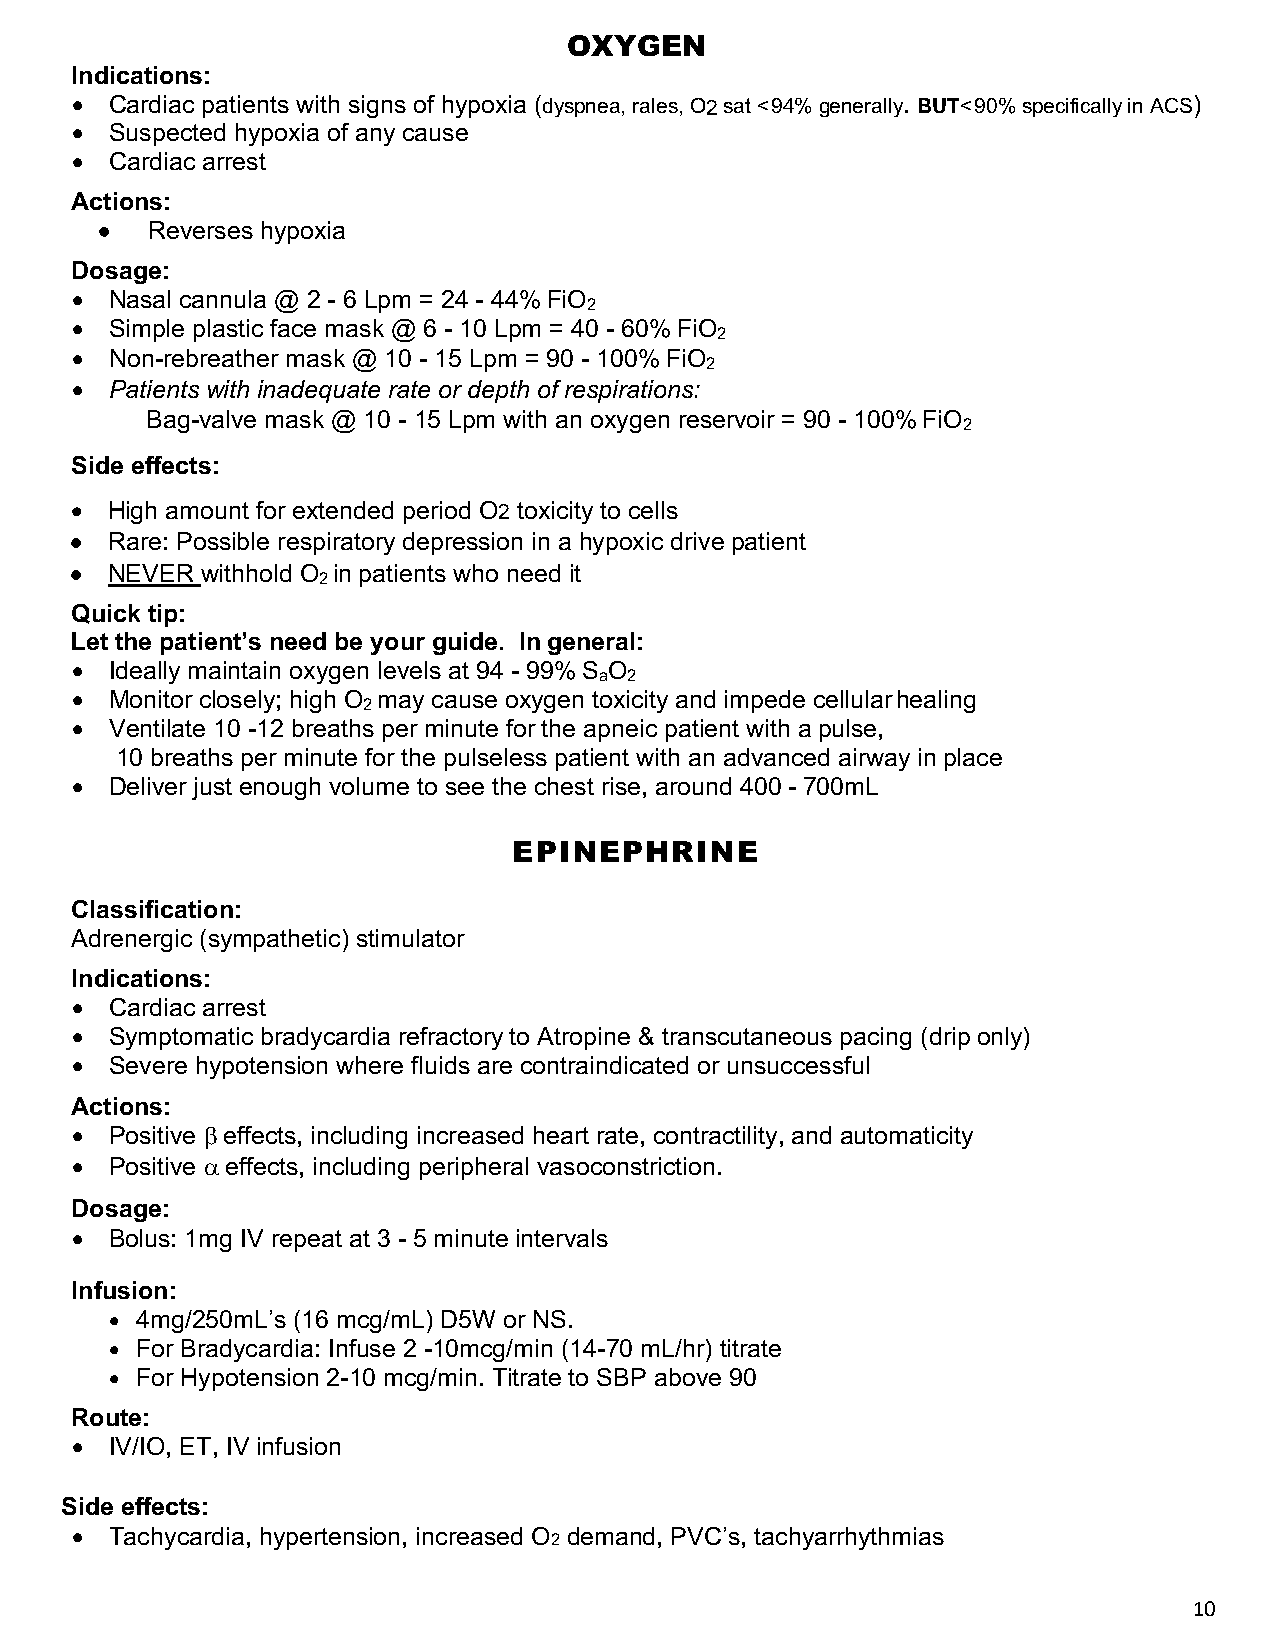
OXYGEN
 Indications:
 • Cardiac patients with signs of hypoxia (dyspnea, rales, O2 sat < 94% generally. BUT< 90% specifically in ACS)
 • Suspected hypoxia of any cause
 • Cardiac arrest
 Actions:
 •  Reverses hypoxia
 Dosage:
 • Nasal cannula @ 2 - 6 Lpm = 24 - 44% FiO
 2
 • Simple plastic face mask @ 6 - 10 Lpm = 40 - 60% FiO
 2
 • Non-rebreather mask @ 10 - 15 Lpm = 90 - 100% FiO
 2
 • Patients with inadequate rate or depth of respirations:
 Bag-valve mask @ 10 - 15 Lpm with an oxygen reservoir = 90 - 100% FiO
 2
 Side effects:
 • High amount for extended period O2 toxicity to cells
 • Rare: Possible respiratory depression in a hypoxic drive patient
 • NEVER withhold O in patients who need it
 2
 Quick tip:
 Let the patient’s need be your guide. In general:
 • Ideally maintain oxygen levels at 94 - 99% S O
 a 2
 • Monitor closely; high O may cause oxygen toxicity and impede cellular healing
 2
 • Ventilate 10 -12 breaths per minute for the apneic patient with a pulse,
 10 breaths per minute for the pulseless patient with an advanced airway in place
 • Deliver just enough volume to see the chest rise, around 400 - 700mL
 EPINEPHRINE
 Classification:
 Adrenergic (sympathetic) stimulator
 Indications:
 • Cardiac arrest
 • Symptomatic bradycardia refractory to Atropine & transcutaneous pacing (drip only)
 • Severe hypotension where fluids are contraindicated or unsuccessful
 Actions:
 • Positive b effects, including increased heart rate, contractility, and automaticity
 • Positive a effects, including peripheral vasoconstriction.
 Dosage:
 • Bolus: 1mg IV repeat at 3 - 5 minute intervals
 Infusion:
 • 4mg/250mL’s (16 mcg/mL) D5W or NS.
 • For Bradycardia: Infuse 2 -10mcg/min (14-70 mL/hr) titrate
 • For Hypotension 2-10 mcg/min. Titrate to SBP above 90
 Route:
 • IV/IO, ET, IV infusion
 Side effects:
 • Tachycardia, hypertension, increased O demand, PVC’s, tachyarrhythmias
 2
 10